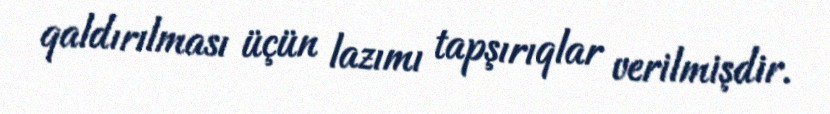
qaldırılması üçün lazımı tapşırıqlar verilmişdir.